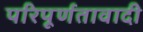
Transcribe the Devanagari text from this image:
परिपूर्णतावादी